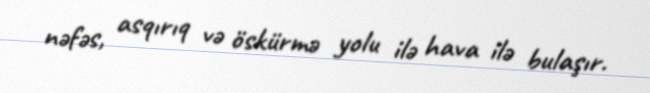
nəfəs, asqırıq və öskürmə yolu ilə hava ilə bulaşır.